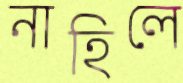
নাহিলে